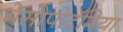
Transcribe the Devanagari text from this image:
मेसोपोटॅमिया